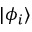
| \phi _ { i } \rangle